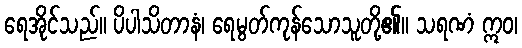
ရေအိုင်သည်။ ပိပါသိတာနံ၊ ရေမွတ်ကုန်သောသူတို့၏။ သရဏံ ဣဝ၊